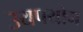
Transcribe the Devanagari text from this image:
उयपयोग